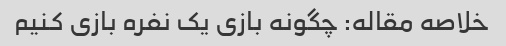
خلاصه مقاله: چگونه بازی یک نفره بازی کنیم